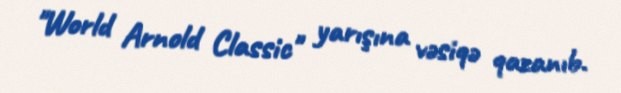
"World Arnold Classic" yarışına vəsiqə qazanıb.